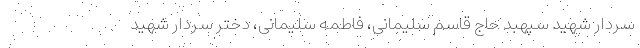
سردار شهید سپهبد حاج قاسم سلیمانی، فاطمه سلیمانی، دختر سردار شهید